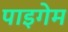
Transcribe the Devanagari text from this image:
पाइगेम